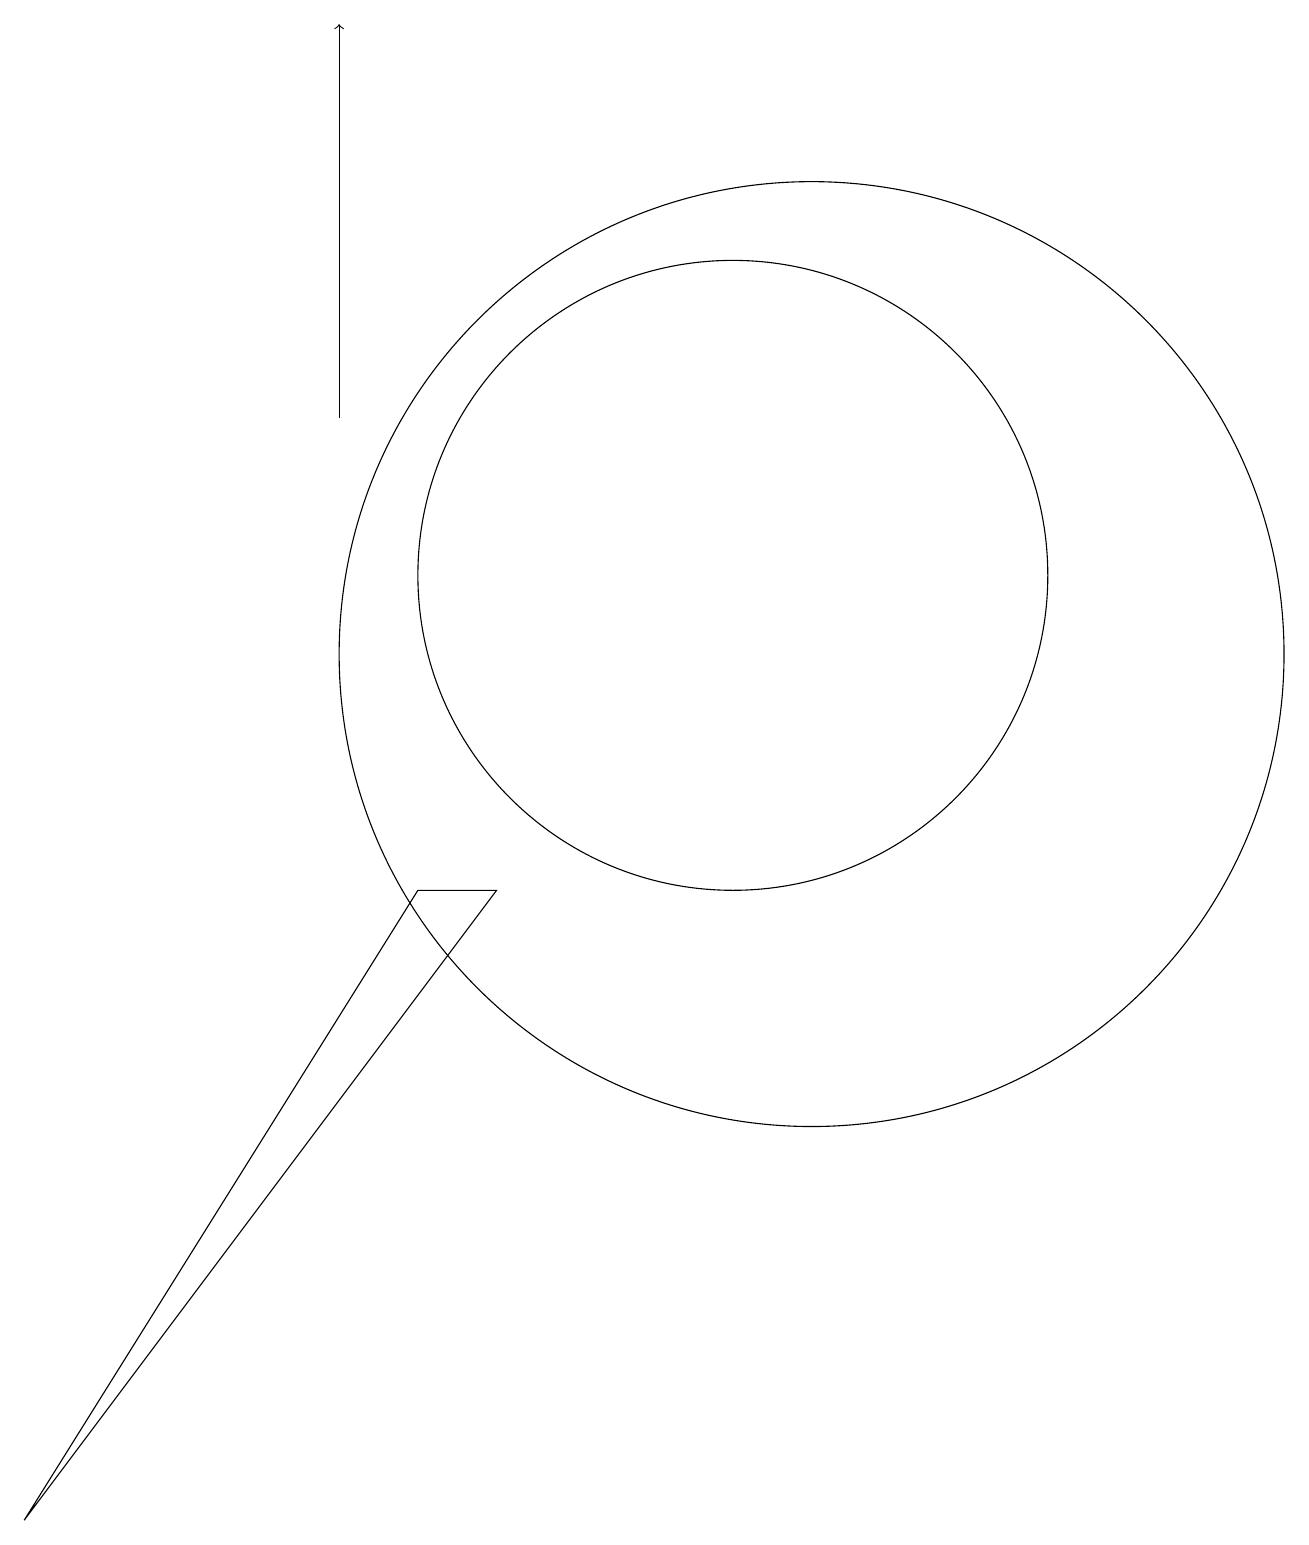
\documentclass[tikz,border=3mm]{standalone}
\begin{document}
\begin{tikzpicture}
\draw (12,11) circle (6);
\draw (2,0) -- (7,8) -- (8,8) -- cycle;
\draw (11,12) circle (4);
\draw[->] (6,14) -- (6,19);
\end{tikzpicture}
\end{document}